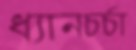
ধ্যানচর্চা